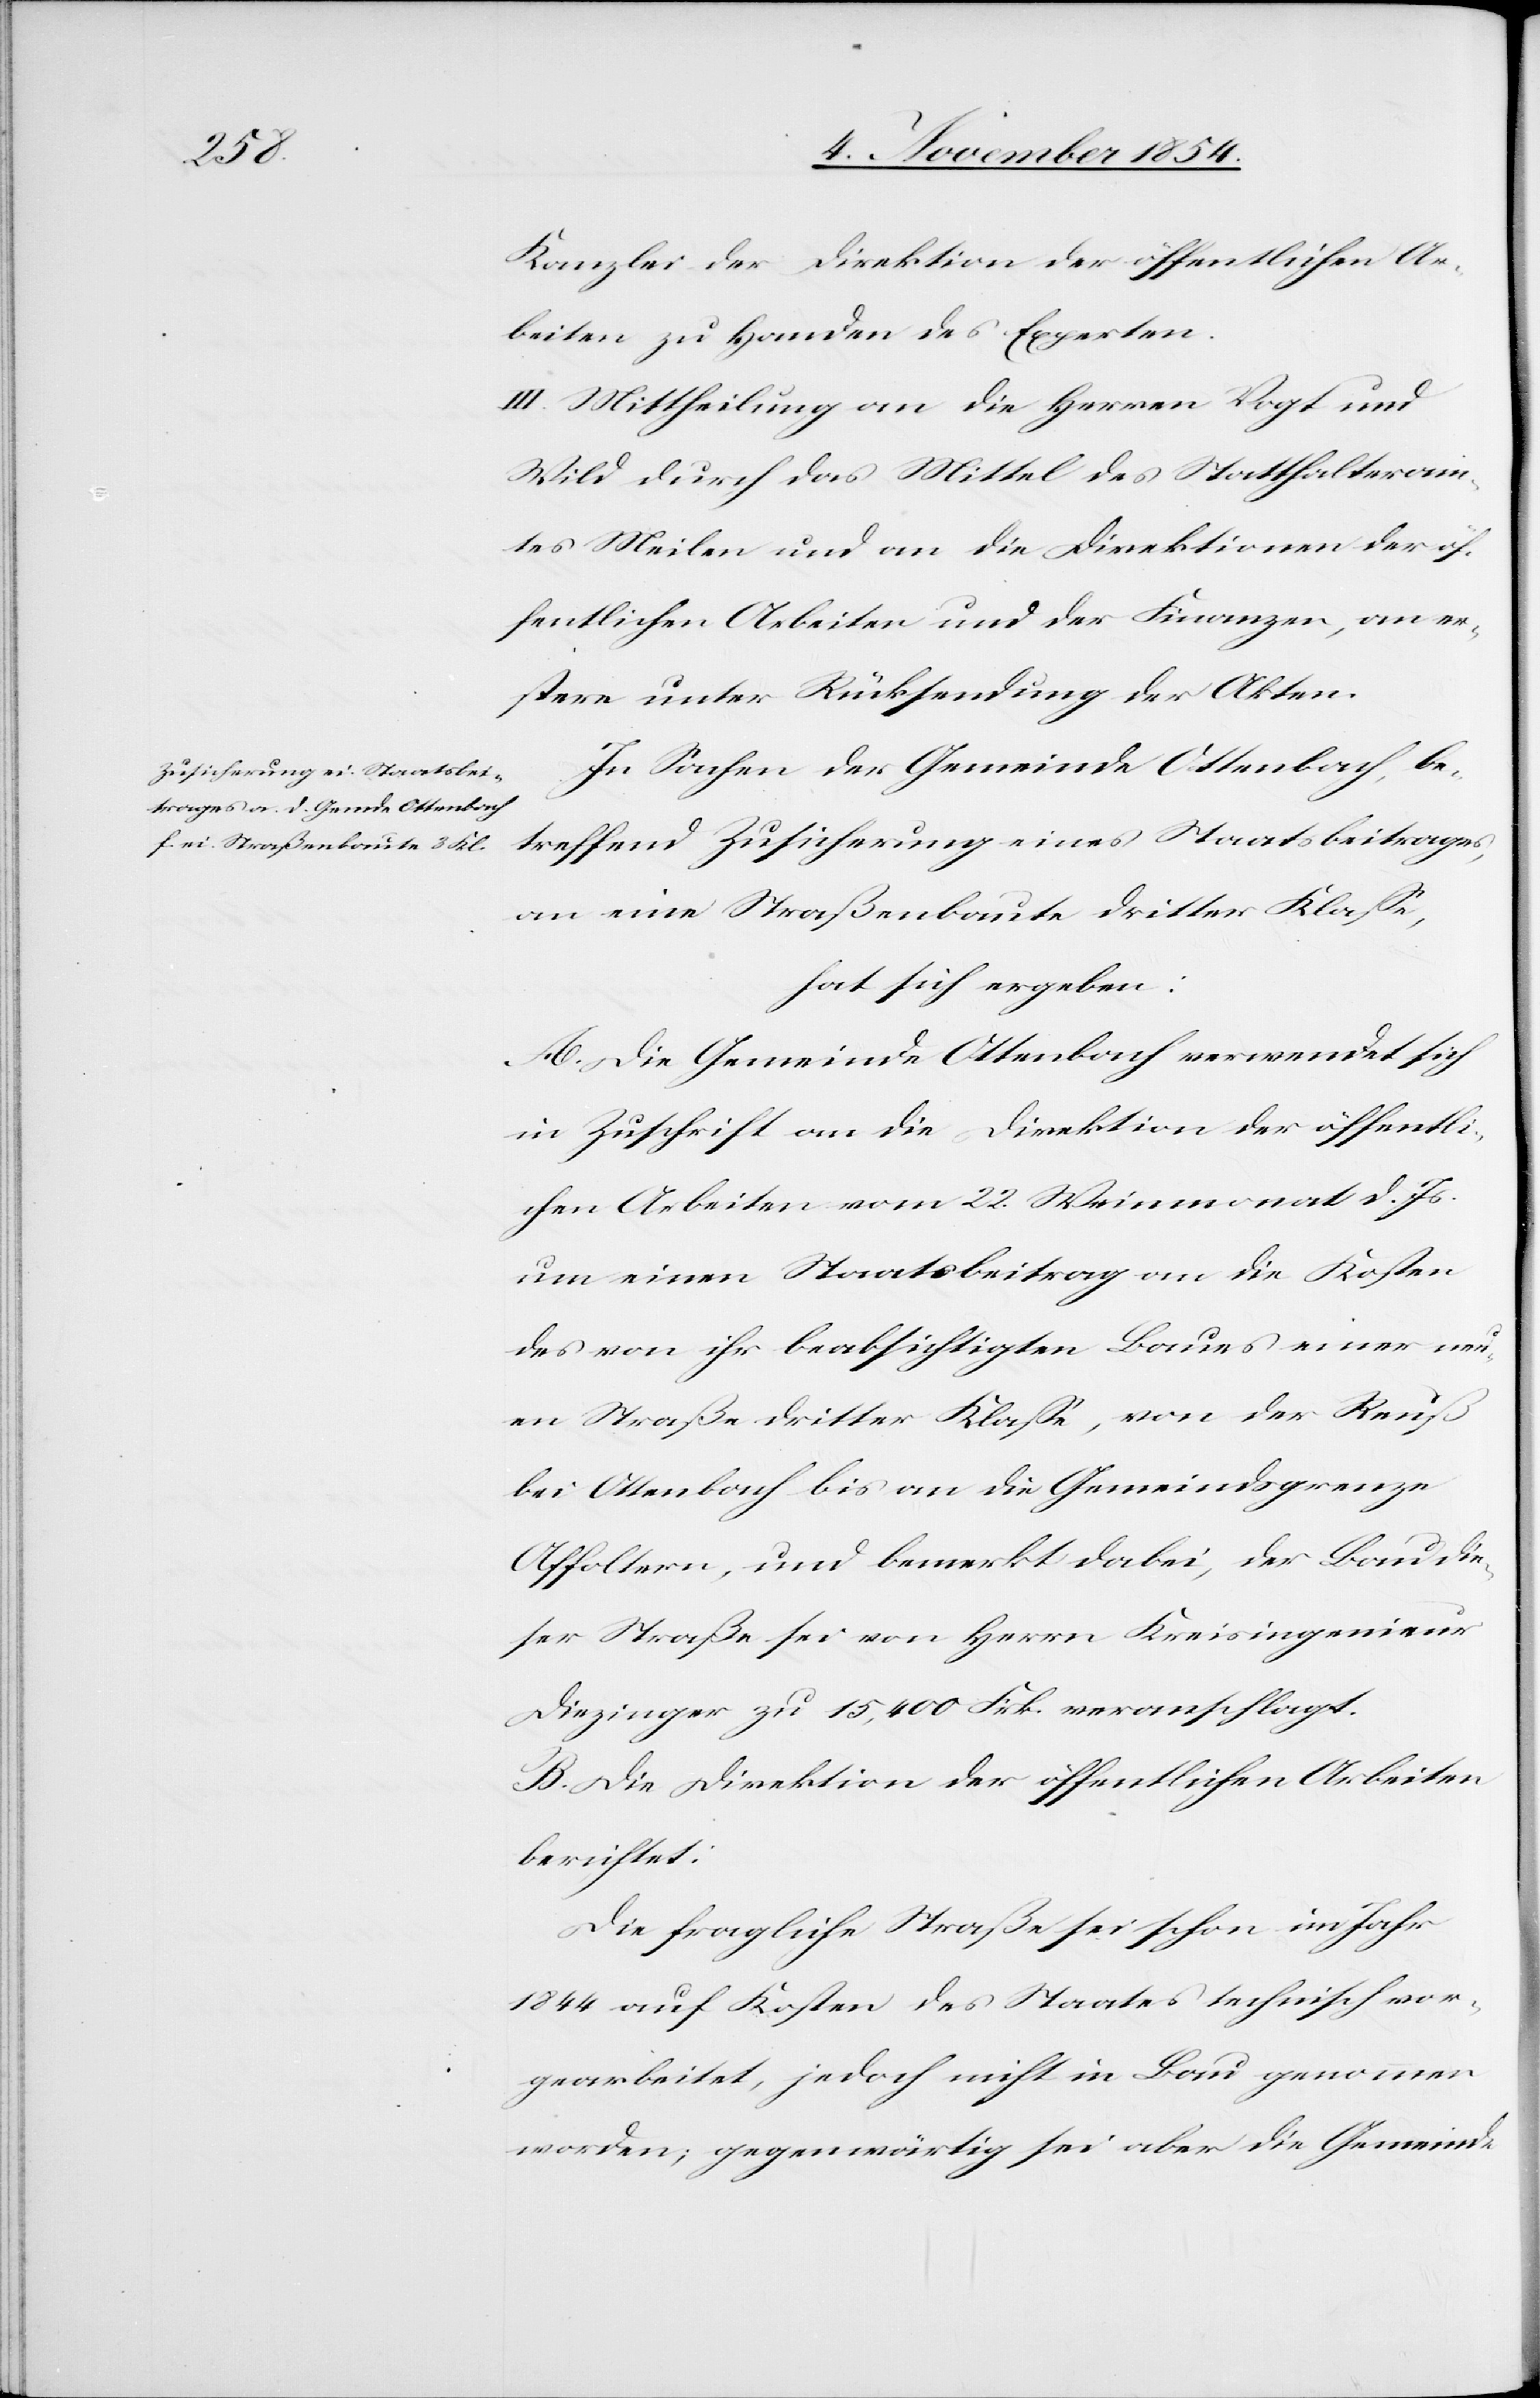
Kanzlei der Direktion der öffentlichen Ar¬
beiten zu Handen des Experten.
III. Mittheilung an die Herren Vogt und
Wild durch das Mittel des Statthalteram¬
tes Meilen und an die Direktionen der öf¬
fentlichen Arbeiten und der Finanzen, an er¬
stere unter Rücksendung der Akten.
In Sachen der Gemeinde Ottenbach, be¬
treffend Zusicherung eines Staatsbeitrages,
an eine Straßenbaute dritter Klaße,
hat sich ergeben:
A. Die Gemeinde Ottenbach verwendet sich
in Zuschrift an die Direktion der öffentli¬
chen Arbeiten vom 22. Weinmonat d. Js.
um einen Staatsbeitrag an die Kosten
des von ihr beabsichtigten Baues einer neu¬
en Straße dritter Klaße, von der Reuß
bei Ottenbach bis an die Gemeindsgrenze
Affoltern, und bemerkt dabei, der Bau die¬
ser Straße sei von Herrn Kreisingenieur
Diezinger zu 15,400 Frk. veranschlagt.
B. Die Direktion der öffentlichen Arbeiten
berichtet:
Die fragliche Straße sei schon im Jahr
1844 auf Kosten des Staates technisch vor¬
gearbeitet, jedoch nicht in Bau genommen
worden; gegenwärtig sei aber die Gemeinde